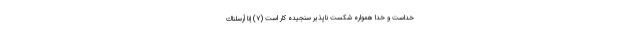
خداست و خدا همواره شكست ناپذير سنجيده كار است (۷) إِنَّا أَرْسَلْنَاكَ